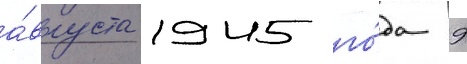
а́вгуста 1945 го́да 9